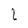
Character: L